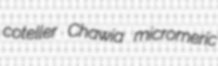
coteller Chawia micromeric